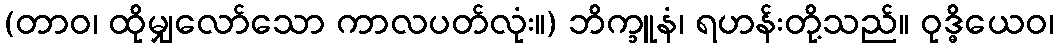
(တာဝ၊ ထိုမျှလော်သော ကာလပတ်လုံး။) ဘိက္ခူနံ၊ ရဟန်းတို့သည်။ ဝုဒ္ဓိယေဝ၊